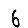
Digit: 6